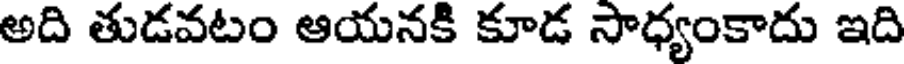
అది తుడవటం ఆయనకి కూడ సాధ్యంకాదు ఇది